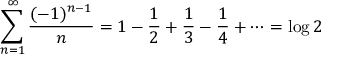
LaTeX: \sum _ { n = 1 } ^ { \infty } { \frac { ( - 1 ) ^ { n - 1 } } { n } } = 1 - { \frac { 1 } { 2 } } + { \frac { 1 } { 3 } } - { \frac { 1 } { 4 } } + \cdots = \log 2